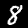
Label: 8